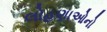
લોહણાઓનો